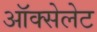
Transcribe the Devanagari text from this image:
ऑक्सेलेट